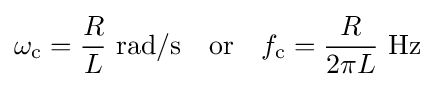
\omega _{\mathrm {c} }={\frac {R}{L}}{\mbox{ rad/s}}\quad {\mbox{or}}\quad f_{\mathrm {c} }={\frac {R}{2\pi L}}{\mbox{ Hz}}